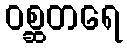
ဝစ္ဆတရေ